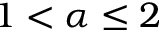
1 < \alpha \leq 2